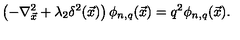
\left( - \nabla _ { \vec { x } } ^ { 2 } + \lambda _ { 2 } \delta ^ { 2 } ( { \vec { x } } ) \right) \phi _ { n , q } ( { \vec { x } } ) = q ^ { 2 } \phi _ { n , q } ( { \vec { x } } ) .